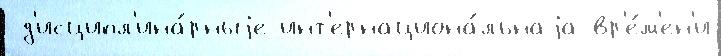
 д'исципл'ина́рныjе инт'ернациона́льнаjа вр'е́м'ен'и